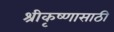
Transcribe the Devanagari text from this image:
श्रीकृष्णासाठी